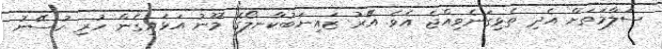
ސަލާމަތަށް އެދި ތެޅިގަނެވިއްޖެ އެވެ. އޭރު ޒައިނަބުކާނލޯގެ މޫނު އަޅައިގެން ހުރި ހުސޭނު